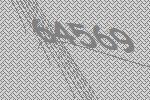
64569